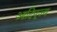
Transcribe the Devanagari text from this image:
आदिपूज्य